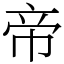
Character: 帝